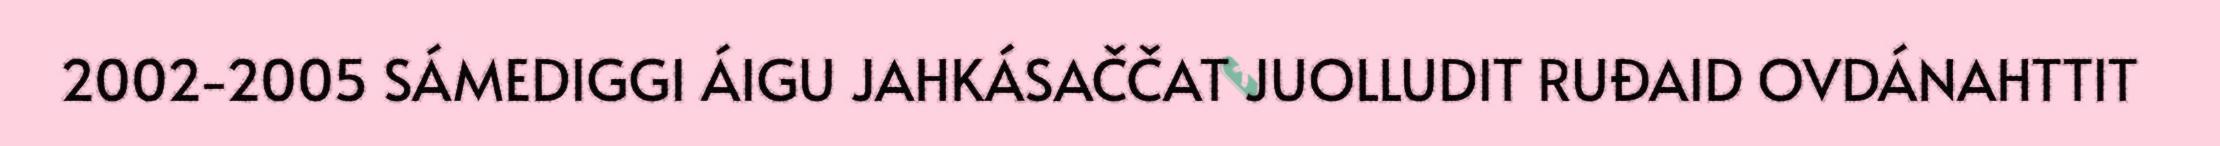
2002-2005 SÁMEDIGGI ÁIGU JAHKÁSAČČAT JUOLLUDIT RUĐAID OVDÁNAHTTIT